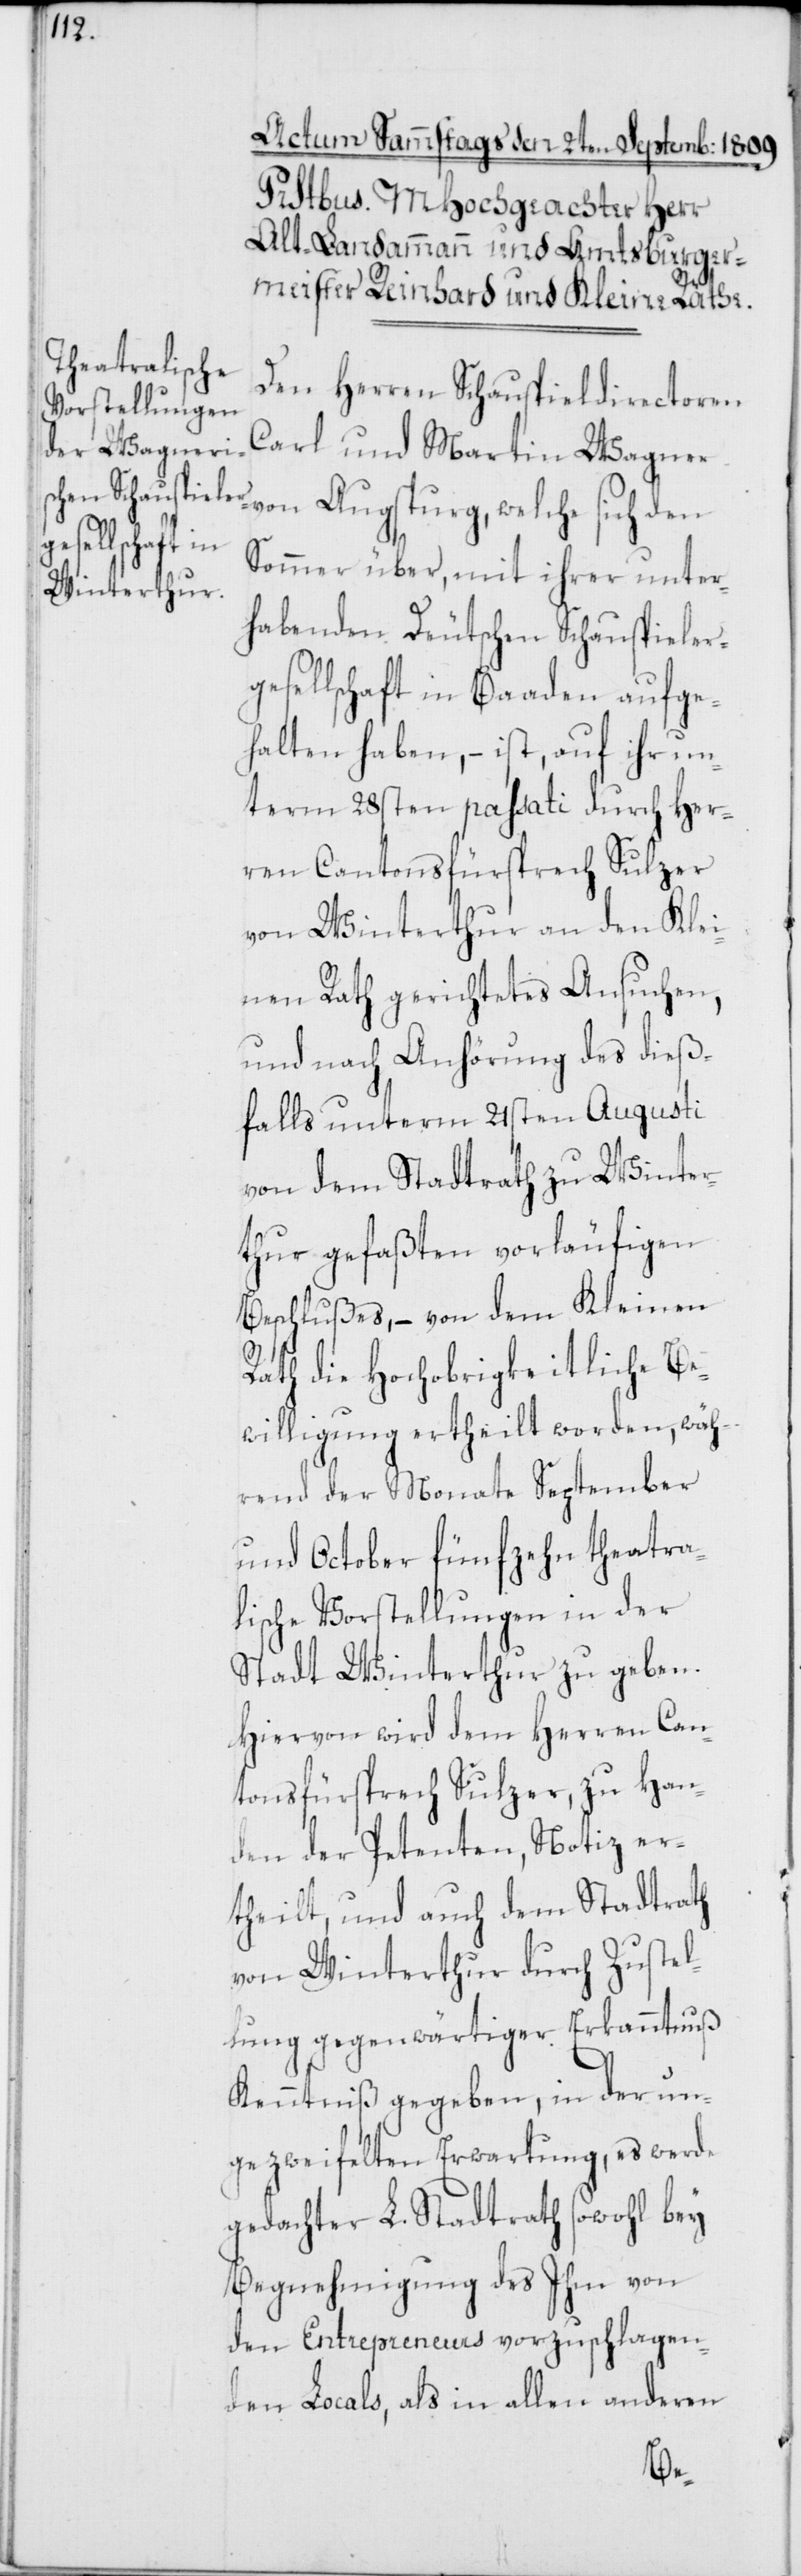
Den Herren Schauspieldirectoren
Carl und Martin Wagner
Sommer über, mit ihrer unter¬
habenden Deutschen Schauspieler¬
gesellschaft in Baaden aufge¬
halten haben, – ist, auf ihr un¬
term 28sten passati durch Her¬
ren Cantonsfürsprech Sulzer
von Winterthur an den Klei¬
nen Rath gerichtetes Ansuchen,
und nach Anhörung des dieß¬
falls unterm 21sten Augusti
von dem Stadtrath zu Winter¬
thur gefaßten vorläufigen
Beschlußes, – von dem Kleinen
Rath die Hochobrigkeitliche Be¬
willigung ertheilt worden, wäh¬
rend der Monate September
und October fünfzehn theatra¬
lische Vorstellungen in der
Stadt Winterthur zu geben.
Hiervon wird dem Herren Can¬
tonsfürsprech Sulzer, zu Han¬
den der Petenten, Notiz er¬
theilt, und auch dem Stadtrath
von Winterthur durch Zustel¬
lung gegenwärtiger Erkanntnuß
Kenntniß gegeben, in der un¬
gezweifelten Erwartung, es werde
gedachter L. Stadtrath sowohl bey
Begnehmigung des Ihm von
den Entrepreneurs vorzuschlagen¬
den Locals, als in allen anderen